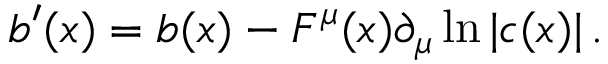
b ^ { \prime } ( \boldsymbol { x } ) = b ( \boldsymbol { x } ) - F ^ { \mu } ( \boldsymbol { x } ) \partial _ { \mu } \ln | c ( \boldsymbol { x } ) | \, .